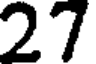
27